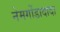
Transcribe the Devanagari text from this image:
नेमगोंडादादा